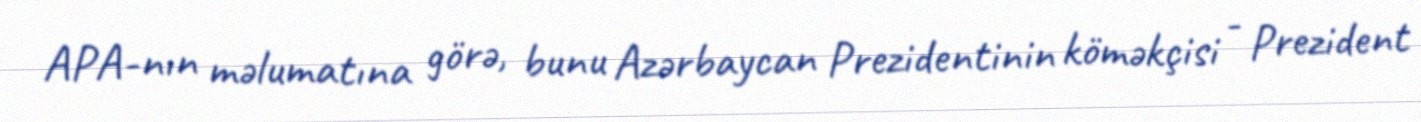
APA-nın məlumatına görə, bunu Azərbaycan Prezidentinin köməkçisi - Prezident